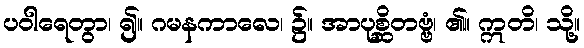
ပဝါရေတွာ၊ ၍။ ဂမနကာလေ၊ ၌။ အာပုစ္ဆိတဗ္ဗံ၊ ၏။ ဣတိ၊ သို့။